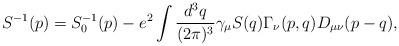
LaTeX: \begin{align*}S^{-1}(p)=S_{0}^{-1}(p)-e^{2}\int \frac{d^{3}q}{(2\pi )^{3}}\gamma _{\mu}S(q)\Gamma _{\nu }(p,q)D_{\mu \nu }(p-q),\end{align*}